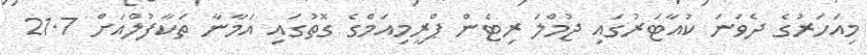
މިއަހަރުގެ ދެވަނަ ކުއާޓަރުގައި ޖުމްލަ ރިޓެން ޕްރީމިއަމްގެ ގޮތުގައި އަމާނާ ތަކާފުލްއަށް 21.7